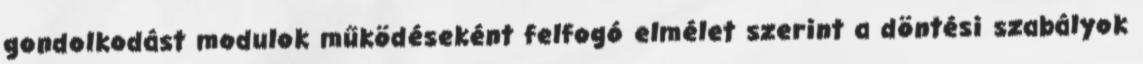
gondolkodást modulok működéseként felfogó elmélet szerint a döntési szabályok